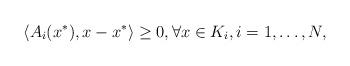
LaTeX: \begin{align*}\left\langle A_i(x^*), x-x^*\right\rangle\ge 0, \forall x\in K_i, i=1,\ldots,N,\end{align*}